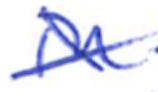
Text: in
Cross-out: mix
Writing tool: ballpoint